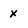
Character: x